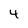
Character: 4